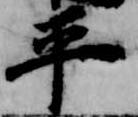
平